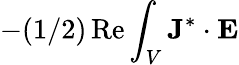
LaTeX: -(1/2)\operatorname{Re}\int_{V}\mathbf{J}^{*}\cdot\mathbf{E}